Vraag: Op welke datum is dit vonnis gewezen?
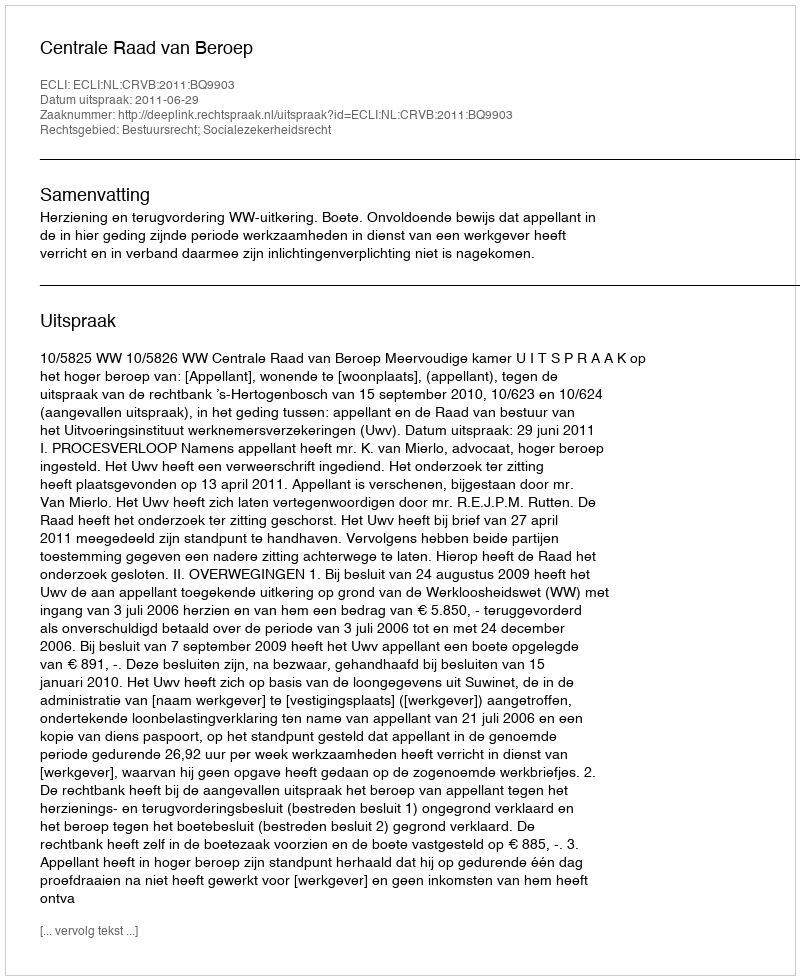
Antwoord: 2011-06-29